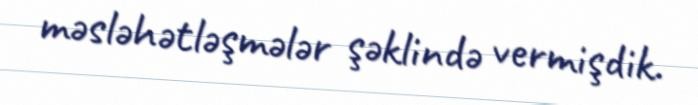
məsləhətləşmələr şəklində vermişdik.